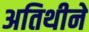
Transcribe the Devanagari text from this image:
अतिथीने